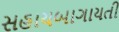
સહાયબાગાયતી